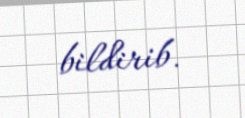
bildirib.